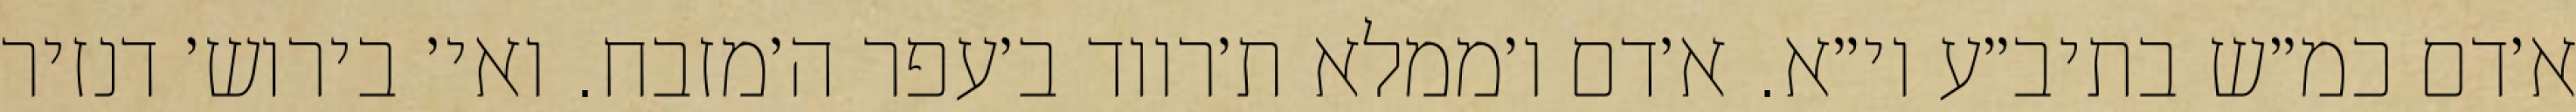
א׳דם כמ״ש בתיב״ע וי״א. א׳דם ו׳ממלא ת׳רווד ב׳עפר ה׳מזבח. ואי׳ בירוש׳ דנזיר